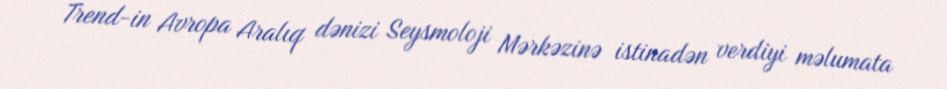
Trend-in Avropa Aralıq dənizi Seysmoloji Mərkəzinə istinadən verdiyi məlumata